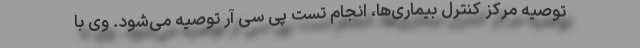
توصیه مرکز کنترل بیماری‌ها، انجام تست پی سی آر توصیه می‌شود. وی با